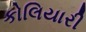
કોલિયારી